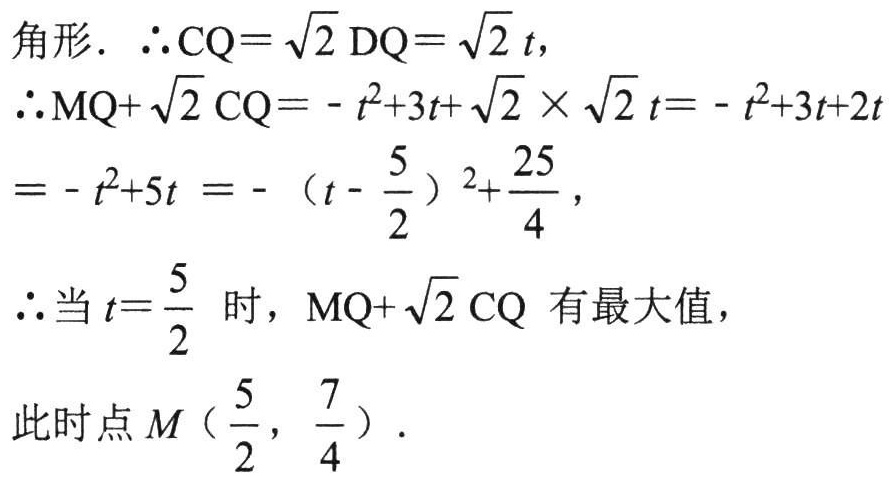
角形. $\therefore CQ = \sqrt{2}DQ=\sqrt{2}t$,
$\therefore MQ+\sqrt{2}CQ=-t^{2}+3t+\sqrt{2}\times\sqrt{2}t=-t^{2}+3t + 2t$
$=-t^{2}+5t=-(t - \frac{5}{2})^{2}+\frac{25}{4}$,
$\therefore$当$t = \frac{5}{2}$时, $MQ+\sqrt{2}CQ$ 有最大值,
此时点$M(\frac{5}{2},\frac{7}{4})$.